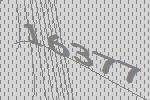
16377